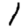
Digit: 1